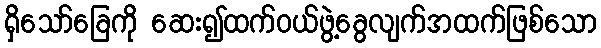
ရှိသော်ခြေကို ဆေး၍ထက်ဝယ်ဖွဲ့ခွေလျက်အထက်ဖြစ်သော